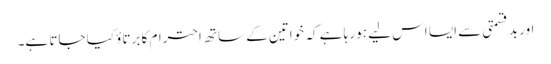
اور بد قسمتی سے ایسا اس لیے ہو رہا ہے کہ خواتین کے ساتھ احترام کا برتاؤ کیا جاتا ہے۔